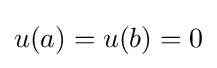
u(a)=u(b)=0